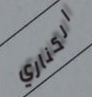
الكناري